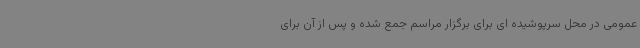
عمومی در محل سرپوشیده ای برای برگزار مراسم جمع شده و پس از آن برای